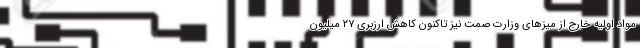
مواد اولیه خارج از میزهای وزارت صمت نیز تاکنون کاهش ارزبری ۲۷ میلیون